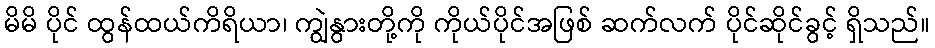
မိမိ ပိုင် ထွန်ထယ်ကိရိယာ၊ ကျွဲနွားတို့ကို ကိုယ်ပိုင်အဖြစ် ဆက်လက် ပိုင်ဆိုင်ခွင့် ရှိသည်။